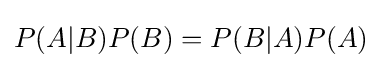
P(A|B)P(B)=P(B|A)P(A)